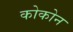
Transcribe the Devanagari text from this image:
कोकोन